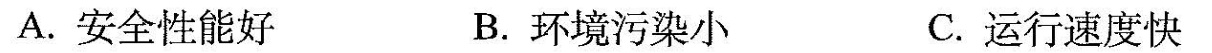
A.安全性能好 B.环境污染小 C.运行速度快